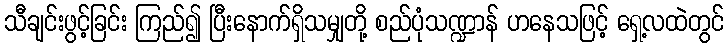
သီချင်းဖွင့်ခြင်း ကြည်၍ ပြီးနောက်ရှိသမျှတို့ စည်ပုံသဏ္ဍာန် ဟနေသဖြင့် ရှေ့လထဲတွင်